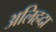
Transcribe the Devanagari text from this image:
अलिहदा